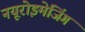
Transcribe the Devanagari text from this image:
नयूरोइमेजिंग